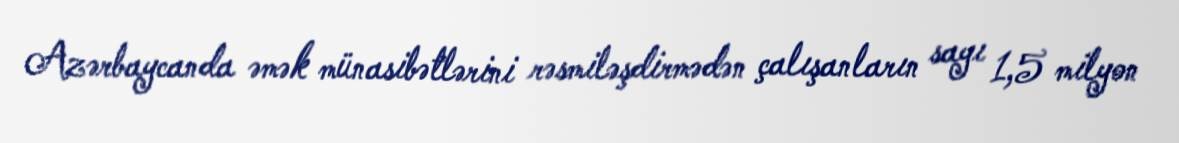
Azərbaycanda əmək münasibətlərini rəsmiləşdirmədən çalışanların sayı 1,5 milyon